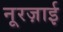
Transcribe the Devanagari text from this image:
नूरज़ाई